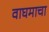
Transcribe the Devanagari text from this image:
वाघमाचा